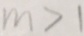
m > 1